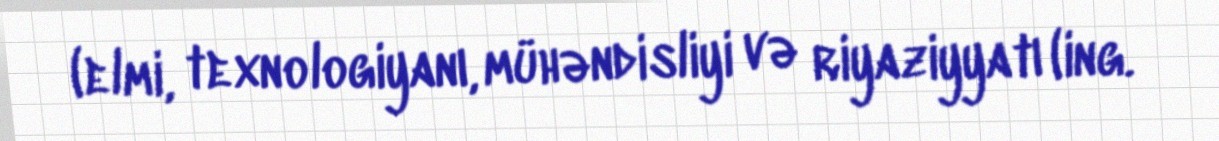
(elmi, texnologiyanı, mühəndisliyi və riyaziyyatı (ing.